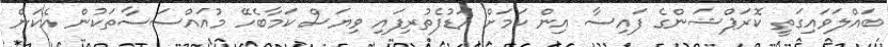
ބައްލަވައިގަތީ ކޮރަޕްޝަންގެ ފައިސާ އިން ކަމަށް އަޑުފެތުރިފައި ވިޔަސް ކަމާބެހޭ މުއައްސަސާތަކުން އެކަން